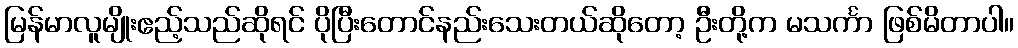
မြန်မာလူမျိုးဧည့်သည်ဆိုရင် ပိုပြီးတောင်နည်းသေးတယ်ဆိုတော့ ဦးတို့က မသင်္ကာ ဖြစ်မိတာပါ။